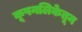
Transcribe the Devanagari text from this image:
कूपनलिकेतून